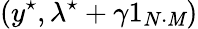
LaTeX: (y^{\star},\lambda^{\star}+\gamma1_{N\cdot\mathit{M}})